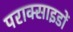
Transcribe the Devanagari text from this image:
पराक्साइडों